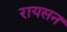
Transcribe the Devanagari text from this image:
रायसन